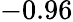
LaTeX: -0.96